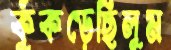
কুঁকড়েছিলুম